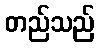
တည်သည်